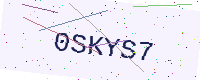
Text: 0SKYS7